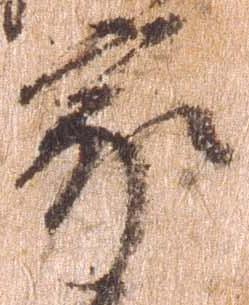
家